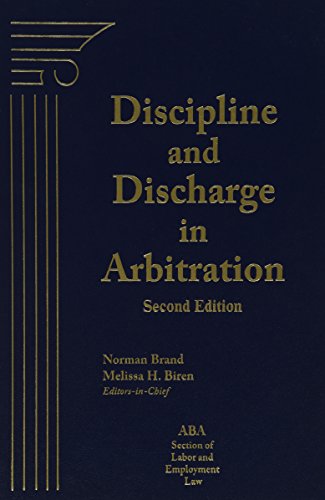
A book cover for Discipline and Discharge in Arbitration; Norman Brand; Law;